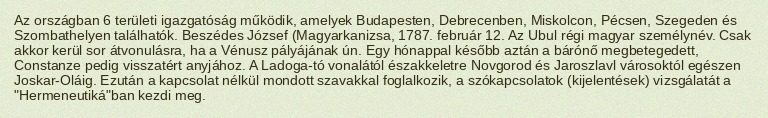
Az országban 6 területi igazgatóság működik, amelyek Budapesten, Debrecenben, Miskolcon, Pécsen, Szegeden és Szombathelyen találhatók. Beszédes József (Magyarkanizsa, 1787. február 12. Az Ubul régi magyar személynév. Csak akkor kerül sor átvonulásra, ha a Vénusz pályájának ún. Egy hónappal később aztán a bárónő megbetegedett, Constanze pedig visszatért anyjához. A Ladoga-tó vonalától északkeletre Novgorod és Jaroszlavl városoktól egészen Joskar-Oláig. Ezután a kapcsolat nélkül mondott szavakkal foglalkozik, a szókapcsolatok (kijelentések) vizsgálatát a "Hermeneutiká"ban kezdi meg.